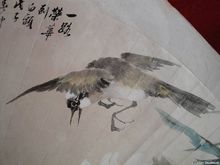
埋没钱塘歌吹里，当年却是皇都。